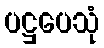
ပဋ္ဌပေသုံ